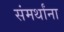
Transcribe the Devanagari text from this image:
संमर्थांना